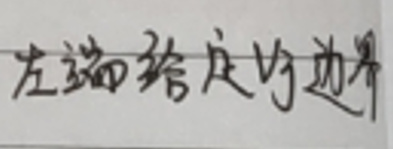
左端给定的边界